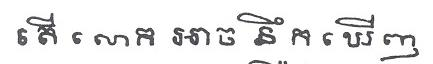
តើ លោក អាច នឹក ឃើញ